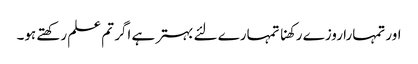
اور تمہارا روزے رکھنا تمہارے لئے بہتر ہے اگر تم علم رکھتے ہو۔